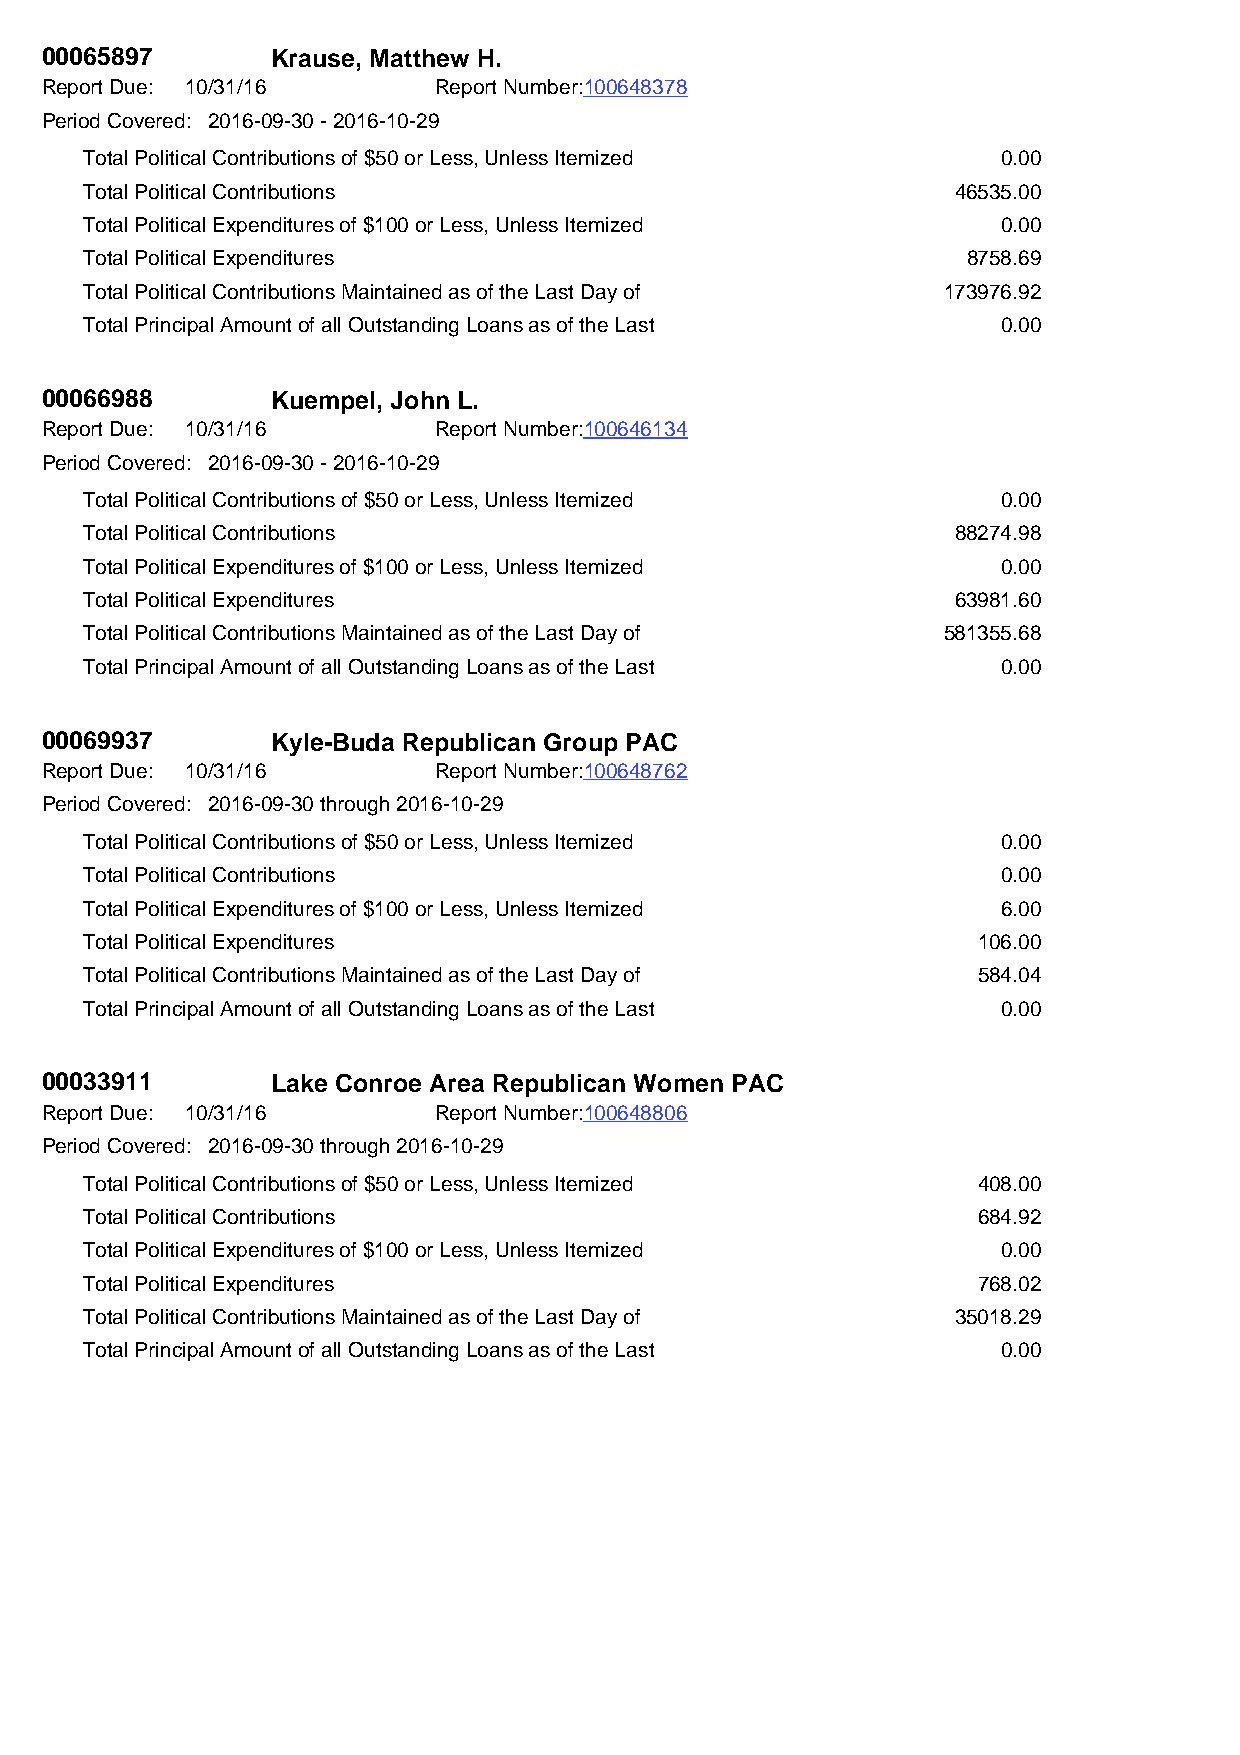
00065897       Krause, Matthew H.
 Report Due: 10/31/16      Report Number:100648378
 Period Covered: 2016-09-30 - 2016-10-29
 Total Political Contributions of $50 or Less, Unless Itemized 0.00
 Total Political Contributions                            46535.00
 Total Political Expenditures of $100 or Less, Unless Itemized 0.00
 Total Political Expenditures                              8758.69
 Total Political Contributions Maintained as of the Last Day of 173976.92
 Total Principal Amount of all Outstanding Loans as of the Last 0.00
 00066988       Kuempel, John L.
 Report Due: 10/31/16      Report Number:100646134
 Period Covered: 2016-09-30 - 2016-10-29
 Total Political Contributions of $50 or Less, Unless Itemized 0.00
 Total Political Contributions                            88274.98
 Total Political Expenditures of $100 or Less, Unless Itemized 0.00
 Total Political Expenditures                             63981.60
 Total Political Contributions Maintained as of the Last Day of 581355.68
 Total Principal Amount of all Outstanding Loans as of the Last 0.00
 00069937       Kyle-Buda Republican Group PAC
 Report Due: 10/31/16      Report Number:100648762
 Period Covered: 2016-09-30 through 2016-10-29
 Total Political Contributions of $50 or Less, Unless Itemized 0.00
 Total Political Contributions                               0.00
 Total Political Expenditures of $100 or Less, Unless Itemized 6.00
 Total Political Expenditures                               106.00
 Total Political Contributions Maintained as of the Last Day of 584.04
 Total Principal Amount of all Outstanding Loans as of the Last 0.00
 00033911       Lake Conroe Area Republican Women PAC
 Report Due: 10/31/16      Report Number:100648806
 Period Covered: 2016-09-30 through 2016-10-29
 Total Political Contributions of $50 or Less, Unless Itemized 408.00
 Total Political Contributions                              684.92
 Total Political Expenditures of $100 or Less, Unless Itemized 0.00
 Total Political Expenditures                               768.02
 Total Political Contributions Maintained as of the Last Day of 35018.29
 Total Principal Amount of all Outstanding Loans as of the Last 0.00